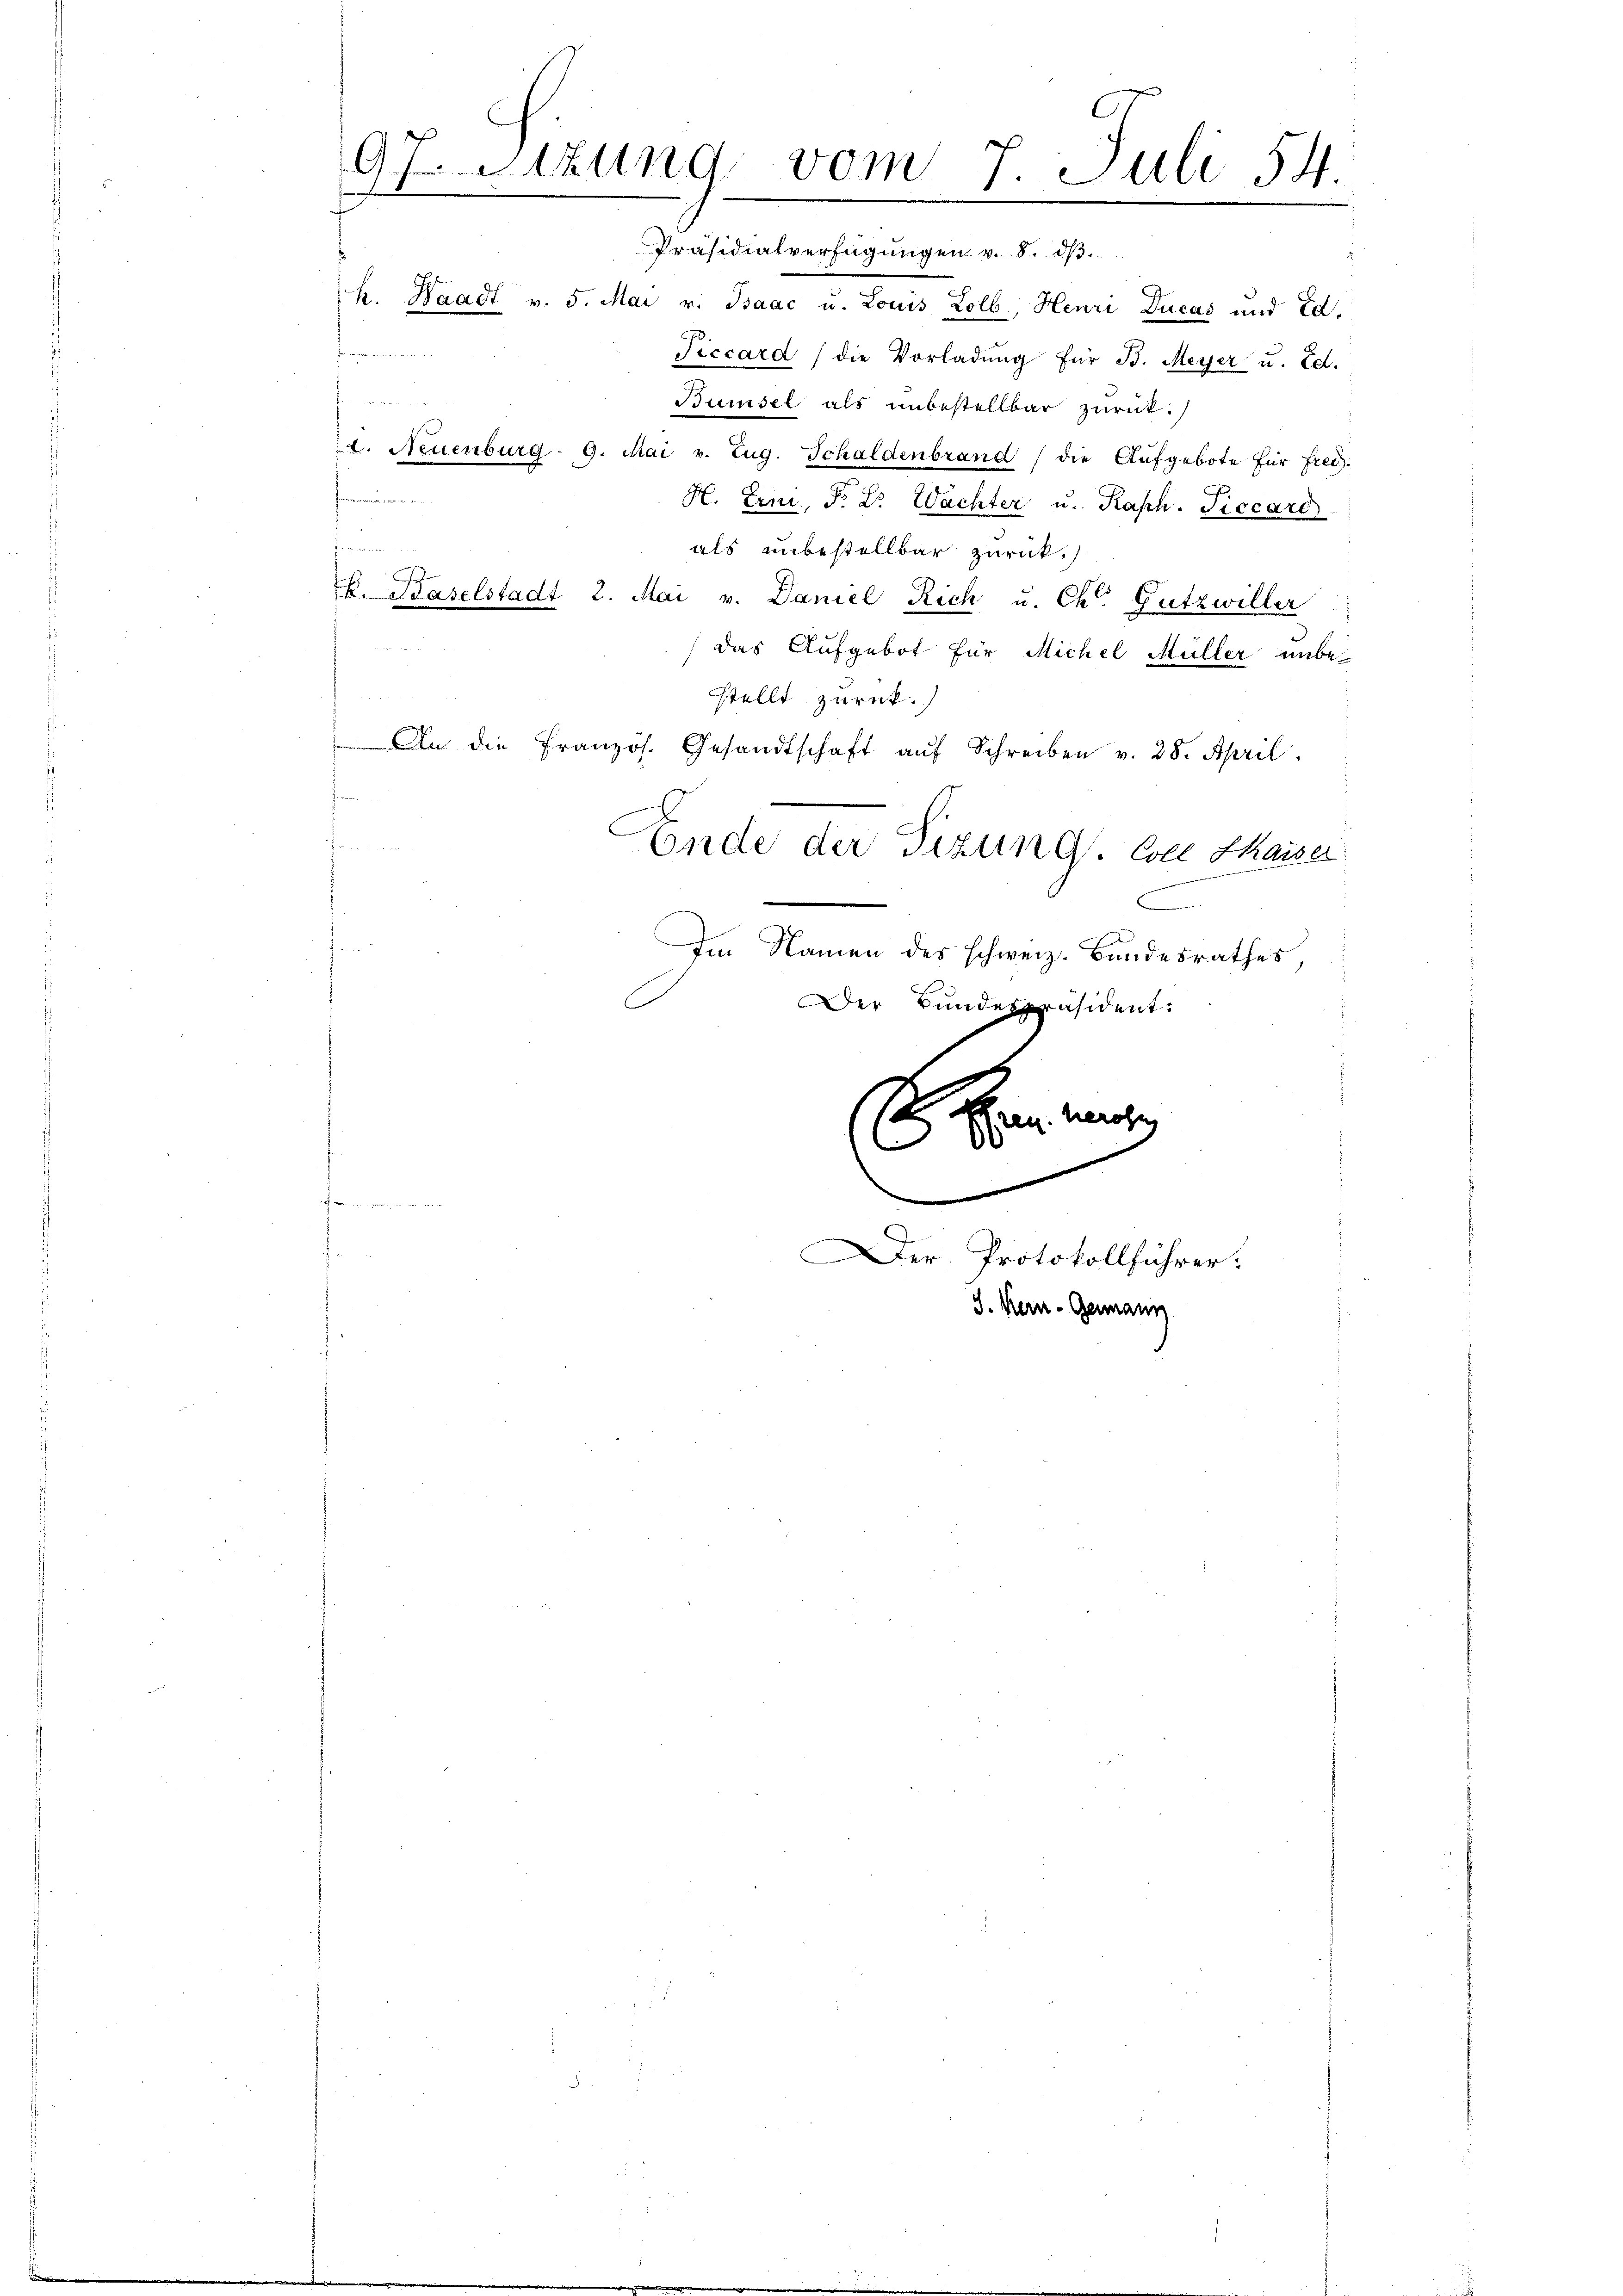
97 Sizung vom 7. Juli 54.
Präsidialverfügungen v. 8. dβ.

e

S. einen

k. Waadt v. 5. Mai v. Baac u. Louis Zolb, Henri Ducas und Ed.
Piccard die Vorladŭng für B. Meyer u. Ed.
Bumsel als unbestellbar zurück.
4. Neuenburg - 9. Mai v. Zug. Schaldenbrand die Aufgebote für frei.
J
H. Erni, P. Dr. Wachter u. Raph. Piccard
als unbestellbar zurück.
h. Baselstadt 2. Mai v. Daniel Rich u. Ch. Gutzwiller
das Aufgebot für Michel Müller unbestellt zurück.
An die Französ. Gesandtschaft aŭf Schreiben v. 28. April.
fr
denen
Ende der Sizung. Coll Kaiser
d
e
Im Namen des schweiz. Bundesrathes,
C
Der Bundespräsident:
 en mit

.
Der Protokollführer:
S. Kern- Genann